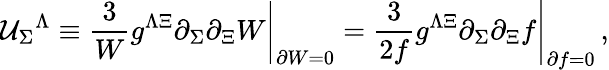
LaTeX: {\cal U}_{\Sigma}{}^{\Lambda}\equiv\left.\frac{3}{W}g^{\Lambda\Xi}\partial_{\Sigma}\partial_{\Xi}W\right|_{\partial W=0}=\left.\frac{3}{2f}g^{\Lambda\Xi}\partial_{\Sigma}\partial_{\Xi}f\right|_{\partial f=0}\, ,